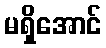
မရှိအောင်